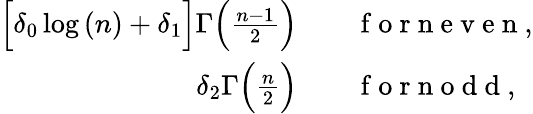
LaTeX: \begin{array}{rl}{\Big[\delta_{0}\log{(n)}+\delta_{1}\Big]\Gamma\Big(\frac{n-1}{2}\Big)}&{{}\quad\mathrm{~f~o~r~n~e~v~e~n~},}\\ {\delta_{2}\Gamma\Big(\frac{n}{2}\Big)}&{{}\quad\mathrm{~f~o~r~n~o~d~d~},}\end{array}